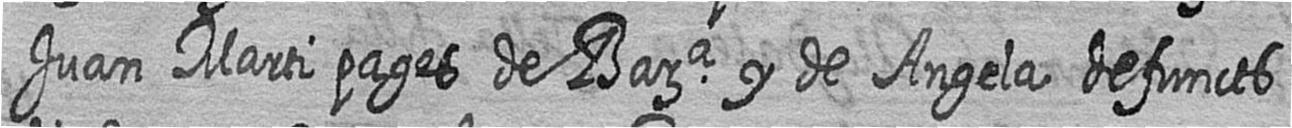
Juan Marti pages de Bara y de Angela defuncts